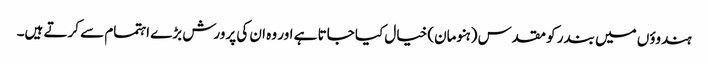
ہندوؤں میں بندر کو مقدس (ہنومان) خیال کیا جاتا ہے اور وہ ان کی پرورش بڑے اہتمام سے کرتے ہیں۔